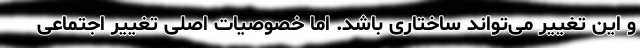
و این تغییر می‌تواند ساختاری باشد. اما خصوصیات اصلی تغییر اجتماعی